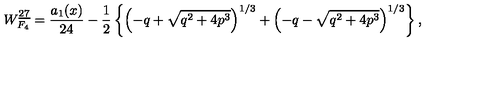
W _ { F _ { 4 } } ^ { \underline { { 2 7 } } } = { \frac { a _ { 1 } ( x ) } { 2 4 } } - { \frac { 1 } { 2 } } \left\{ \left( - q + \sqrt { q ^ { 2 } + 4 p ^ { 3 } } \right) ^ { 1 / 3 } + \left( - q - \sqrt { q ^ { 2 } + 4 p ^ { 3 } } \right) ^ { 1 / 3 } \right\} ,